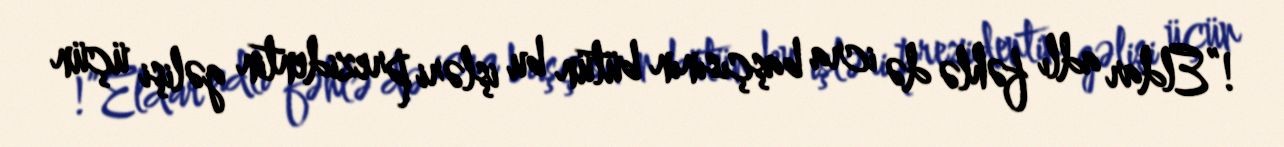
!”Eldar adlı fəhlə də icra başçısının bütün bu işləri prezidentin gəlişi üçün